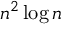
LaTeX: n ^ { 2 } \log n